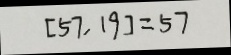
[ 5 7 , 1 9 ] = 5 7